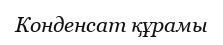
Конденсат құрамы